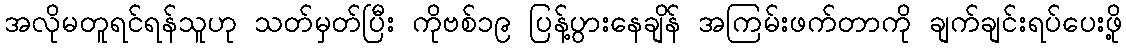
အလိုမတူရင်ရန်သူဟု သတ်မှတ်ပြီး ကိုဗစ်၁၉ ပြန့်ပွားနေချိန် အကြမ်းဖက်တာကို ချက်ချင်းရပ်ပေးဖို့